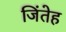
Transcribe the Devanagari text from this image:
जिंतेह